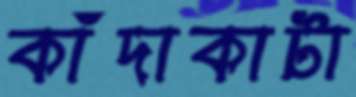
কাঁদাকাটা